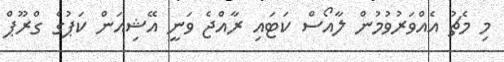
މި މެޗު އެއްވަރުވުމުން ލާއޯސް ކަޓައި ރާއްޖެ ވަނީ އޭޝިއަން ކަޕުގެ ގްރޫޕް